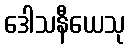
ဒေါသနီယေသု